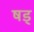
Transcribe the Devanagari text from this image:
षड्‍